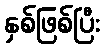
နှစ်ဖြစ်ပြီး